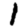
Digit: 1